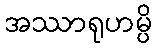
အဿာရုဟမ္ပိ